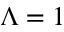
\Lambda = 1